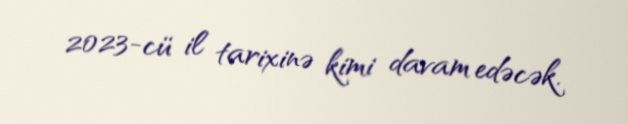
2023-cü il tarixinə kimi davam edəcək.